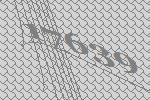
17639